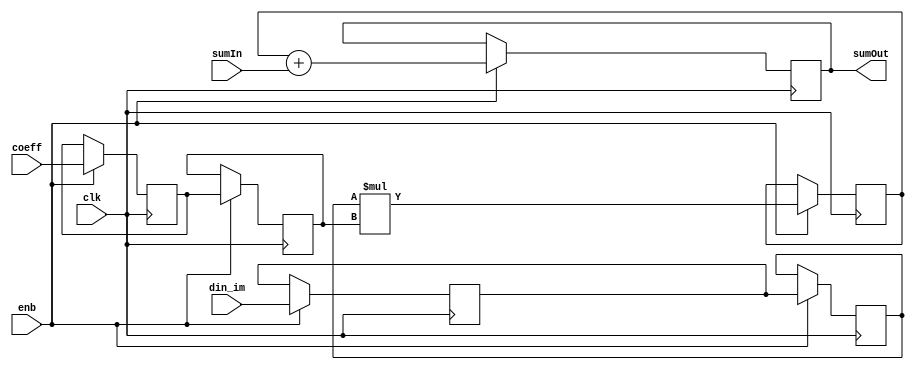
// -------------------------------------------------------------
// 
// 
// Generated by MATLAB 9.13 and HDL Coder 4.0
// 
// -------------------------------------------------------------


// -------------------------------------------------------------
// 
// Module: FilterTapSystolic_block4
// Source Path: DUCforLTEHDL/HDL_DUC/Lowpass Interpolator/DUCforLTEHDL/HDL_DUC/Lowpass Interpolator/FIRFilter2/FilterTapSystolic
// Hierarchy Level: 3
// 
// -------------------------------------------------------------

`timescale 1 ns / 1 ns

module FilterTapSystolic_block4
          (clk,
           enb,
           din_im,
           coeff,
           sumIn,
           sumOut);


  input   clk;
  input   enb;
  input   signed [15:0] din_im;  // sfix16_En15
  input   signed [15:0] coeff;  // sfix16_En15
  input   signed [32:0] sumIn;  // sfix33_En30
  output  signed [32:0] sumOut;  // sfix33_En30


  reg signed [15:0] fTap_din_reg1;  // sfix16
  reg signed [15:0] fTap_coef_reg1;  // sfix16
  reg signed [15:0] fTap_din_reg2;  // sfix16
  reg signed [15:0] fTap_coef_reg2;  // sfix16
  reg signed [31:0] fTap_mult_reg;  // sfix32
  reg signed [32:0] fTap_addout_reg;  // sfix33
  wire signed [32:0] fTap_addout_reg_next;  // sfix33_En30
  wire signed [32:0] fTap_add_cast;  // sfix33_En30

  initial begin
    fTap_din_reg1 = 16'sb0000000000000000;
    fTap_coef_reg1 = 16'sb0000000000000000;
    fTap_din_reg2 = 16'sb0000000000000000;
    fTap_coef_reg2 = 16'sb0000000000000000;
    fTap_mult_reg = 32'sb00000000000000000000000000000000;
    fTap_addout_reg = 33'sh000000000;
  end

  // FilterTapSystolicS
  always @(posedge clk)
    begin : fTap_process
      if (enb) begin
        fTap_addout_reg <= fTap_addout_reg_next;
        fTap_mult_reg <= fTap_din_reg2 * fTap_coef_reg2;
        fTap_din_reg2 <= fTap_din_reg1;
        fTap_coef_reg2 <= fTap_coef_reg1;
        fTap_din_reg1 <= din_im;
        fTap_coef_reg1 <= coeff;
      end
    end

  assign sumOut = fTap_addout_reg;
  assign fTap_add_cast = {fTap_mult_reg[31], fTap_mult_reg};
  assign fTap_addout_reg_next = fTap_add_cast + sumIn;



endmodule  // FilterTapSystolic_block4